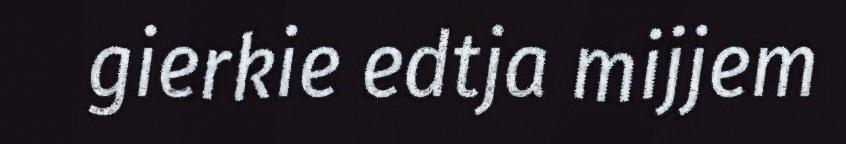
gierkie edtja mijjem